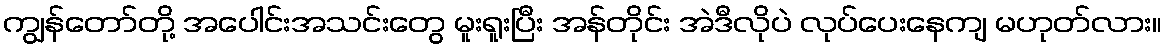
ကျွန်တော်တို့ အပေါင်းအသင်းတွေ မူးရူးပြီး အန်တိုင်း အဲဒီလိုပဲ လုပ်ပေးနေကျ မဟုတ်လား။